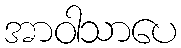
အာဝါသာပေ